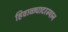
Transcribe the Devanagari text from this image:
हिवाळ्यादरम्यान